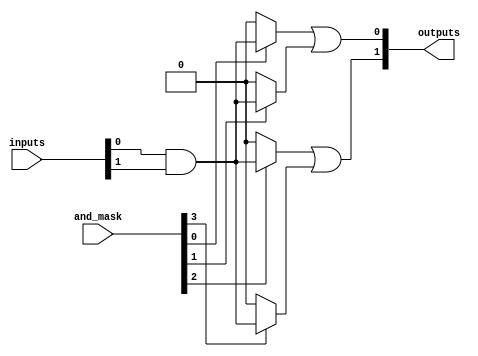
module MaskedPAL #(parameter NUM_INPUTS = 4, 
                   parameter NUM_AND_GATES = 4, 
                   parameter NUM_OUTPUTS = 2) (
    input wire [NUM_INPUTS-1:0] inputs,  // Input variables
    input wire [NUM_AND_GATES-1:0] and_mask, // Mask for AND gates
    output wire [NUM_OUTPUTS-1:0] outputs // Output functions
);

    // Declare the wires for the AND gate outputs
    wire [NUM_AND_GATES-1:0] and_outputs;

    // Generate the AND plane
    genvar i, j;
    generate
        for (i = 0; i < NUM_AND_GATES; i = i + 1) begin : and_gate
            // Each AND gate output is determined by the corresponding mask
            assign and_outputs[i] = (and_mask[i]) ? 
                (inputs[0] & inputs[1]) : 1'b0; // Example: AND of inputs 0 and 1
        end
    endgenerate

    // Fixed OR plane to combine the AND gate outputs
    assign outputs[0] = and_outputs[0] | and_outputs[1]; // OR of first two AND outputs
    assign outputs[1] = and_outputs[2] | and_outputs[3]; // OR of last two AND outputs

endmodule